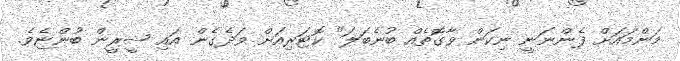
މަންމައަށް ފެންނަނީ ނިކަން ވާގޮތެއް ބުނެބަލަ" ކޮޓަރިއަށް ވަދެގެން އައި ޝީރީން ބުންޏެވެ.